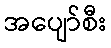
အပျော်စီး